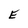
Character: E